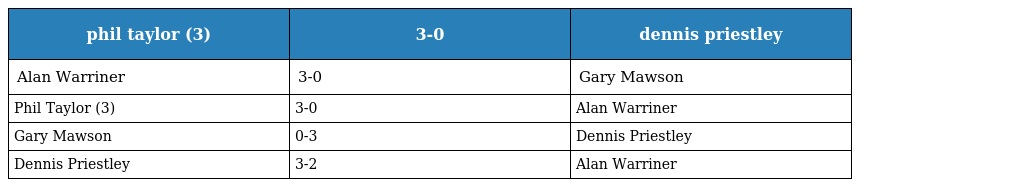
| phil taylor (3) | 3-0 | dennis priestley |
 | --- | --- | --- |
 | Alan Warriner | 3-0 | Gary Mawson |
 | Phil Taylor (3) | 3-0 | Alan Warriner |
 | Gary Mawson | 0-3 | Dennis Priestley |
 | Dennis Priestley | 3-2 | Alan Warriner |